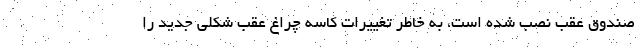
صندوق عقب نصب شده است، به خاطر تغییرات کاسه چراغ عقب شکلی جدید را